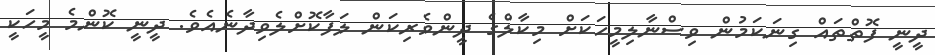
ދީނީ ފޮތްތައް ގިނަކަމުން ވިސްނާލިމީހަކަށް މިކާލްގެ ދީންވެރިކަން ލަފާކޮށްލެވިދާނެއެވެ. ދީނީ ކޮންމެ މީހަކީ